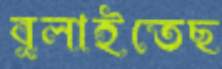
বুলাইতেছ